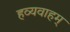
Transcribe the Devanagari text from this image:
हव्यवाहम्